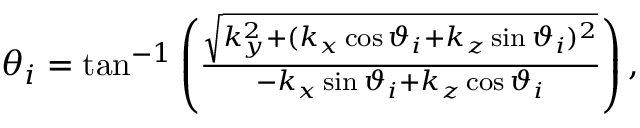
\begin{array} { r } { \theta _ { i } = \tan ^ { - 1 } \left( \frac { \sqrt { k _ { y } ^ { 2 } + ( k _ { x } \cos \vartheta _ { i } + k _ { z } \sin \vartheta _ { i } ) ^ { 2 } } } { - k _ { x } \sin \vartheta _ { i } + k _ { z } \cos \vartheta _ { i } } \right) , } \end{array}